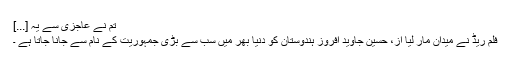
تم نے عاجزی سے یہ [...]
فلم ریڈ نے میدان مار لیا از، حسین جاوید افروز ہندوستان کو دنیا بھر میں سب سے بڑی جمہوریت کے نام سے جانا جاتا ہے ۔